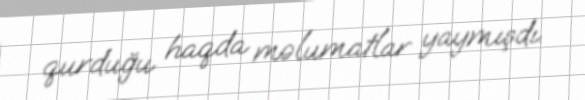
qurduğu haqda məlumatlar yaymışdı.